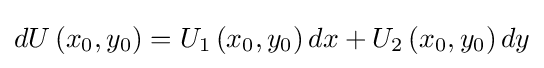
dU\left(x_{0},y_{0}\right)=U_{1}\left(x_{0},y_{0}\right)dx+U_{2}\left(x_{0},y_{0}\right)dy